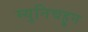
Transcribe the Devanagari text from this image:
म्युनिचहून